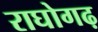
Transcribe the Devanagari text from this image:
राघोगढ़